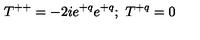
T ^ { + + } = - 2 i e ^ { + q } e ^ { + q } ; \ T ^ { + q } = 0